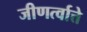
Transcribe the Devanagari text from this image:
जीणर्त्वात्ते